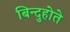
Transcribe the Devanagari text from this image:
बिन्दुहोते